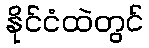
နိုင်ငံထဲတွင်